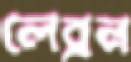
লেব্রন